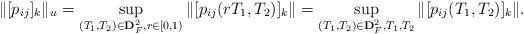
LaTeX: \begin{align*} \|[p_{ij}]_k\|_u=\sup_{(T_1,T_2)\in {\bf D}_F^2, r\in [0,1)}\|[p_{ij}(rT_1,T_2)]_k\|=\sup_{(T_1,T_2)\in {\bf D}_F^2, T_1, T_2 }\|[p_{ij}(T_1,T_2)]_k\|.\end{align*}